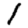
Digit: 1